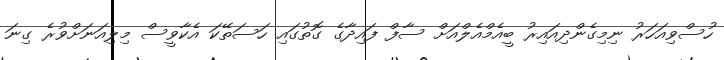
ހުސްވިއަހަރު ނިމިގެންދިއައިރު ބީއެމްއެލްއަށް ސާފް ފައިދާގެ ގޮތުގައި ހަސަތޭކަ އެކާވީސް މިލިއަނަށްވުރެ ގިނަ